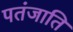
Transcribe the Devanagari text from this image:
पतंजाति